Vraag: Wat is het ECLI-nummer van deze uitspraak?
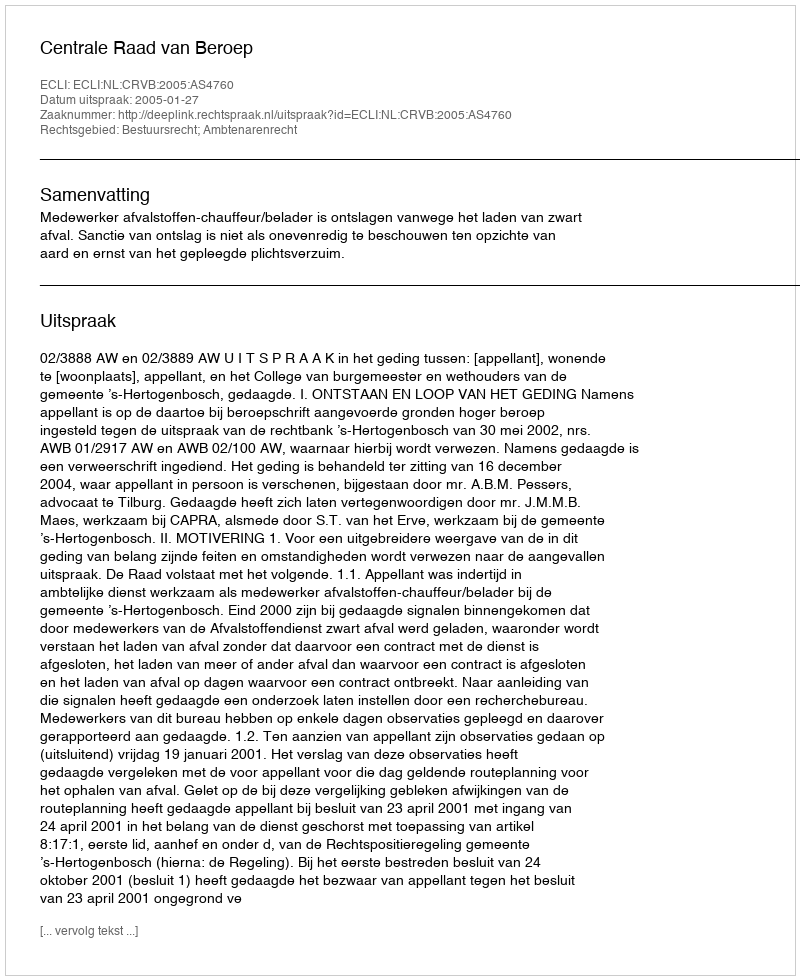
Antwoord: ECLI:NL:CRVB:2005:AS4760